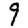
Digit: 9